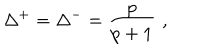
\Delta ^ { + } = \Delta ^ { - } = \frac { p } { p + 1 } \, \, ,